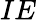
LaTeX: IE